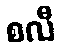
စလီ